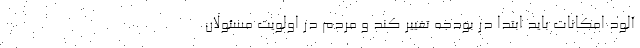
آلود امکانات باید ابتدا در بودجه تغییر کند و مردم در اولویت مسئولان